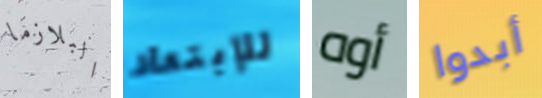
البلازما للإبتعاد أوه أبدوا